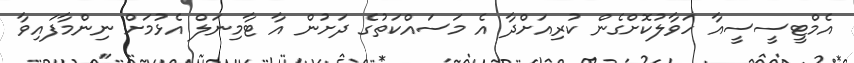
އެމްޓީސީސީއާ ހަވާލުކޮށްގެން ކުރިއަށްދާ އެ މަސައްކަތުގެ ދަށުން އާ ޓާމިނަލް އެޅުމަށް ނިންމާފައިވާ